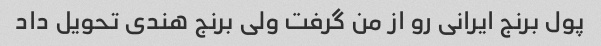
پول برنج ایرانی رو از من گرفت ولی برنج هندی تحویل داد